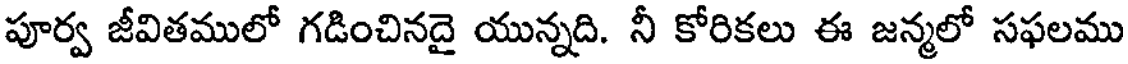
పూర్వ జీవితములో గడించినదై యున్నది. నీ కోరికలు ఈ జన్మలో సఫలము